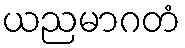
ယညမာဂတံ